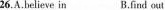
26.A.believe in B.find out